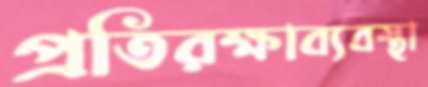
প্রতিরক্ষাব্যবস্থা